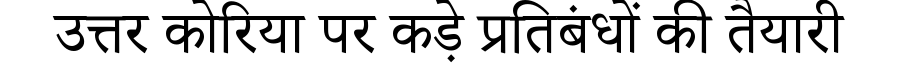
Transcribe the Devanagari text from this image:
उत्तर कोरिया पर कड़े प्रतिबंधों की तैयारी